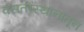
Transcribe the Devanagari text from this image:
वसतीस्थानातून